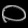
Digit: ၀